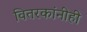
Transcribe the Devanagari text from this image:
वितरकांनीही